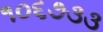
૧૦૬૭૩૩